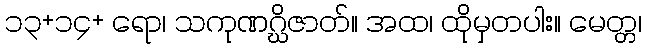
၁၃+၁၄+ ရော၊ သကုဏဂ္ဃိဇာတ်။ အထ၊ ထိုမှတပါး။ မေတ္တ၊